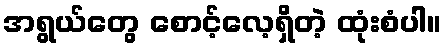
အရွယ်တွေ စောင့်လေ့ရှိတဲ့ ထုံးစံပါ။